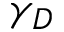
\gamma _ { D }